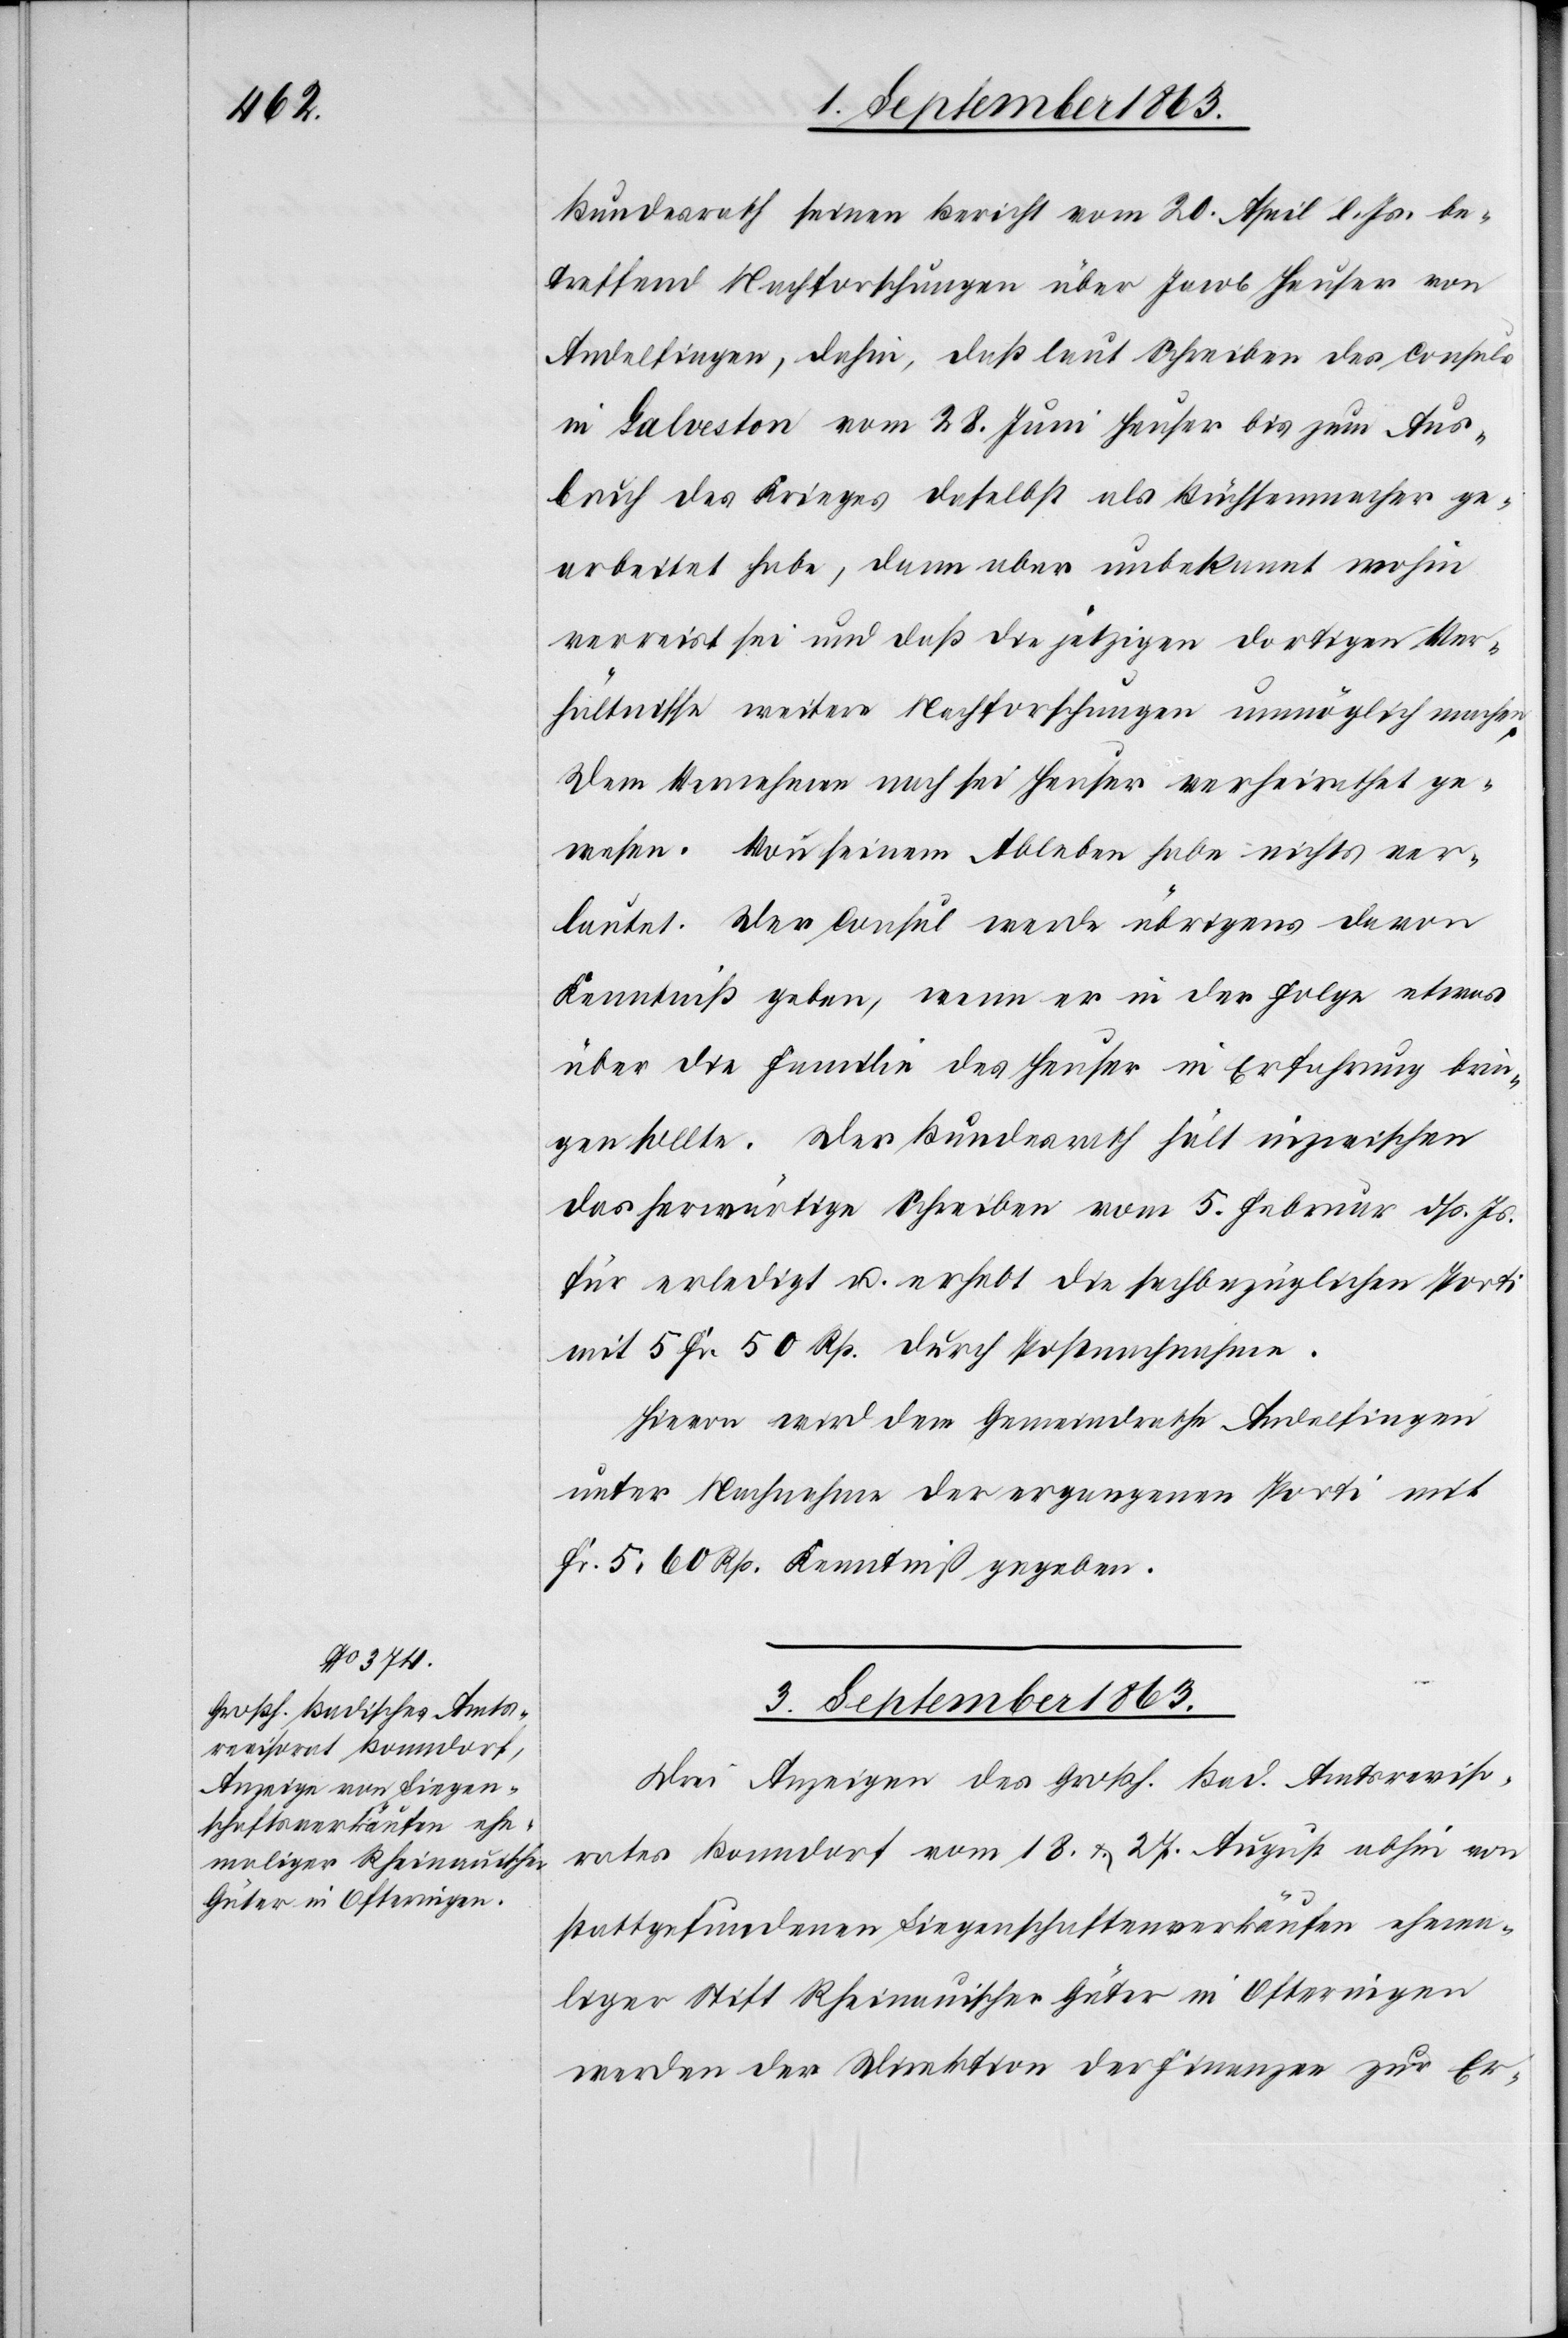
Bundesrath seinen Bericht vom 20. April l. Js. be¬
treffend Nachforschungen über Jacob Heuser von
Andelfingen, dahin, daß laut Schreiben des Consuls
in Galveston vom 28. Juni Heuser bis zum Aus¬
bruch des Krieges daselbst als Büchsenmacher ge¬
arbeitet habe, dann aber unbekannt wohin
verreist sei und daß die jetzigen dortigen Ver¬
hältnisse weitere Nachforschungen unmöglich machen.
Dem Vernehmen nach sei Heuser verheirathet ge¬
wesen. Von seinem Ableben habe nichts ver¬
lautet. Der Consul werde übrigens davon
Kenntniß geben, wenn er in der Folge etwas
über die Familie des Heuser in Erfahrung brin¬
gen sollte. Der Bundesrath hält inzwischen
das herwärtige Schreiben vom 5. Februar dß. Js.
für erledigt u. erhebt die sachbezüglichen Porti
mit 5 Fr. 50 Rp. durch Postnachnahme.
Hievon wird dem Gemeindrathe Andelfingen
unter Nachnahme der ergangenen Porti mit
Fr. 5. 60 Rp. Kenntniß gegeben.
3. September 1863.
Drei Anzeigen des Großh. Bad. Amtsreviso¬
rates Bonndorf vom 18. & 27. August abhin von
stattgefundenen Liegenschaftenverkäufen ehema¬
liger Stift Rheinauischer Güter in Ofteringen
werden der Direktion der Finanzen zur Er-